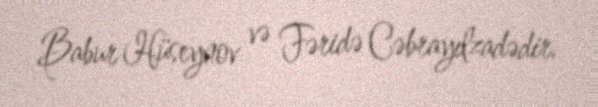
Babur Hüseynov və Fəridə Cəbrayılzadədir.